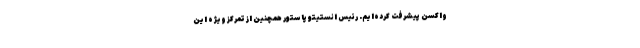
واکسن پیشرفت کرده‌ایم. رئیس انستیتو پاستور همچنین از تمرکز ویژه این